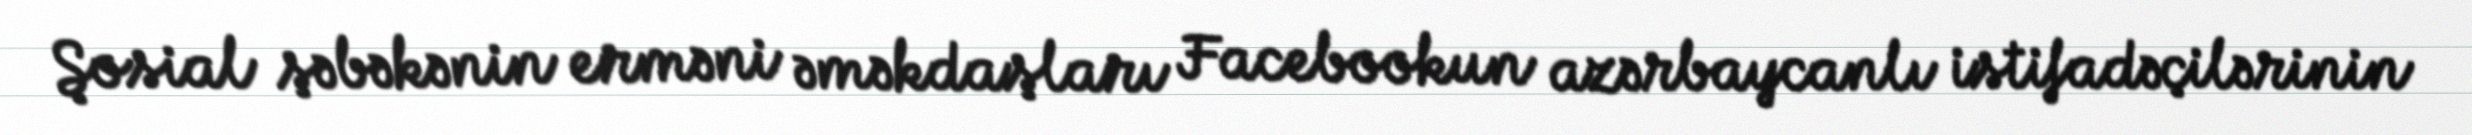
Şosial şəbəkənin erməni əməkdaşları Facebookun azərbaycanlı istifadəçilərinin